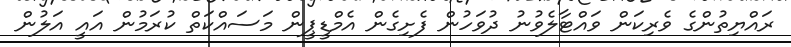
ރައްޔިތުންގެ ވެރިކަން ވައްޓާލެވުނު ދުވަހުން ފެށިގެން އެމްޑީޕީން މަސައްކަތް ކުރަމުން އައީ އަލުން